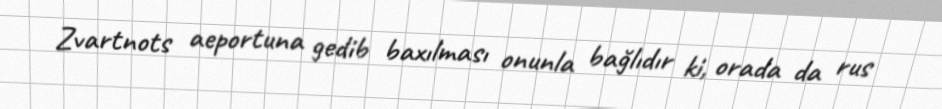
Zvartnots aeportuna gedib baxılması onunla bağlıdır ki, orada da rus